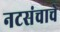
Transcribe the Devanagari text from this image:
नटसंचाचे